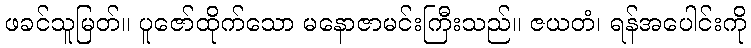
ဖခင်သူမြတ်။ ပူဇော်ထိုက်သော မနောဇာမင်းကြီးသည်။ ဇယတံ၊ ရန်အပေါင်းကို